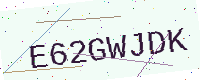
Text: E62GWJDK